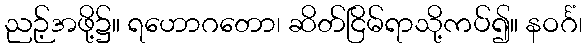
ညဉ့်အဖို့၌။ ရဟောဂတော၊ ဆိတ်ငြိမ်ရာသို့ကပ်၍။ နဝင်္ဂံ၊